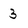
Character: 3